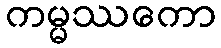
ကမ္မဿကော